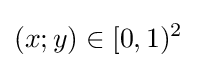
(x;y)\in [0,1)^{2}